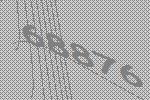
68876